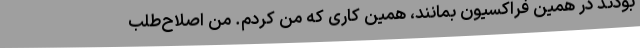
بودند در همین فراکسیون بمانند، همین کاری که من کردم. من اصلاح‌طلب